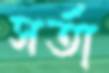
সর্তা